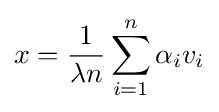
x={\frac {1}{\lambda n}}\sum _{i=1}^{n}\alpha _{i}v_{i}